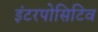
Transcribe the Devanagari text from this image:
इंटरपोसिटिव